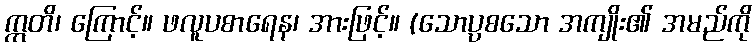
ဣတိ၊ ကြောင့်။ ဖလူပစာရေန၊ အားဖြင့်။ (သောပ္ပစသော အကျိုး၏ အမည်ကို